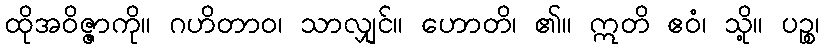
ထိုအဝိဇ္ဇာကို။ ဂဟိတာဝ၊ သာလျှင်။ ဟောတိ၊ ၏။ ဣတိ ဧဝံ၊ သို့။ ပဉ္စ၊